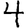
Digit: 4